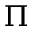
\Pi